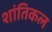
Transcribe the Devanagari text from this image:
शांतिकल